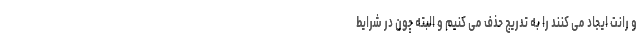
و رانت ایجاد می کنند را به تدریج حذف می کنیم و البته چون در شرایط